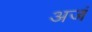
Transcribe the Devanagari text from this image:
अजं